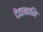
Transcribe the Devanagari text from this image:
देवाकानि